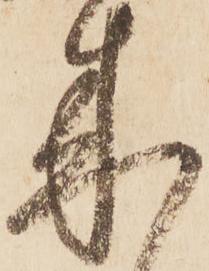
来